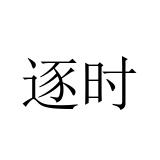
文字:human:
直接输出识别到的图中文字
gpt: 逐时